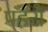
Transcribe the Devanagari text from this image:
पहरो